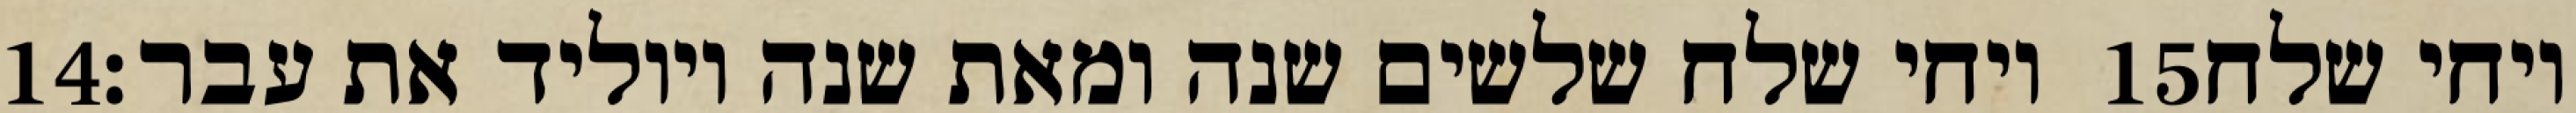
‎14‏ ויחי שלח שלשים שנה ומאת שנה ויוליד את עבר׃ ‎15‏ ויחי שלח